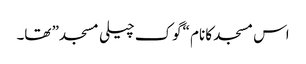
اس مسجد کا نام “گوک چیلی مسجد” تھا۔